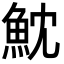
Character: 魫